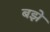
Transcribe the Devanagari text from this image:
बझे